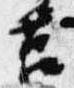
筥